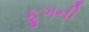
ફૂગની